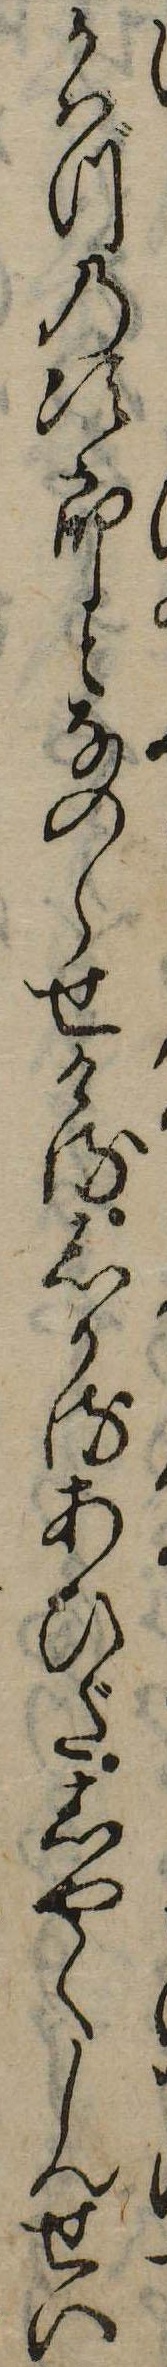
かはづの次郎となのらせけるしかるあひだしやくしんせい